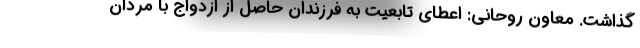
گذاشت. معاون روحانی: اعطای تابعیت به فرزندان حاصل از ازدواج با مردان